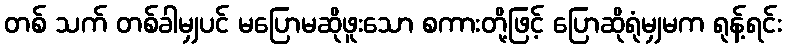
တစ် သက် တစ်ခါမျှပင် မပြောမဆိုဖူးသော စကားတို့ဖြင့် ပြောဆိုရုံမျှမက ရုန့်ရင်း